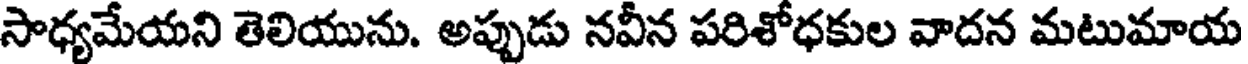
సాధ్యమేయని తెలియును. అప్పుడు నవీన పరిశోధకుల వాదన మటుమాయ